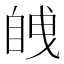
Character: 𮍚